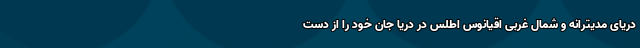
دریای مدیترانه و شمال غربی اقیانوس اطلس در دریا جان خود را از دست